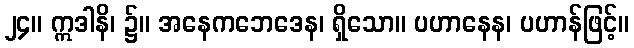
၂၄။ ဣဒါနိ၊ ၌။ အနေကဘေဒေန၊ ရှိသော။ ပဟာနေန၊ ပဟာန်ဖြင့်။